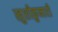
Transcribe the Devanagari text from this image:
खुशीकुमारी